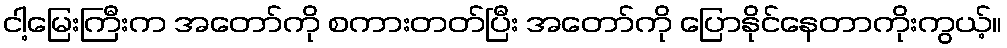
ငါ့မြေးကြီးက အတော်ကို စကားတတ်ပြီး အတော်ကို ပြောနိုင်နေတာကိုးကွယ့်။